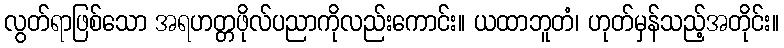
လွတ်ရာဖြစ်သော အရဟတ္တဖိုလ်ပညာကိုလည်းကောင်း။ ယထာဘူတံ၊ ဟုတ်မှန်သည့်အတိုင်း။